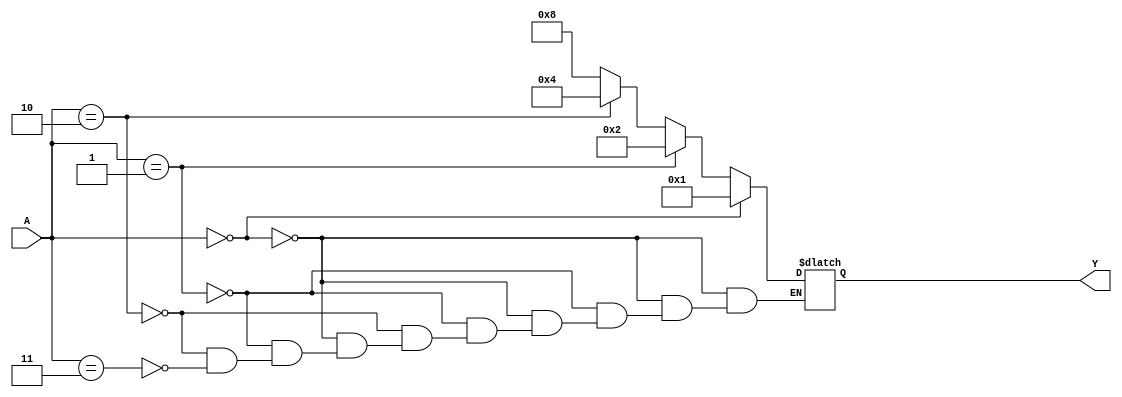
// Creating 2:4 Decoder using Behavioural modeling
module TwointoFourDecoder(Y,A);
  output [3:0] Y;
  input [1:0] A;
  reg [3:0] Y;
  
  always @(A)
  begin
    if(A == 2'b00)
      Y = 4'b0001;
    else if(A == 2'b01)
      Y = 4'b0010;
    else if(A == 2'b10)
      Y = 4'b0100;
    else if(A == 2'b11)
      Y = 4'b1000;
    end
  endmodule